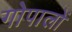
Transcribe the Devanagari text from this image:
गोपालों